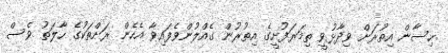
ހިސާން އިތުރަށް ވިދާޅުވީ ތިމަރަފުށީގެ އިތުރުން ގެއްލުންވެފައިވާ އެހެން ރަށްތަކުގެ ހާލަތު ވެސް